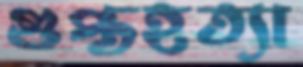
গুপ্তহত্যা